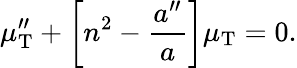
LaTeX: \mu_{\mathrm{T}}^{\prime\prime}+\biggl[n^{2}-\frac{a^{\prime\prime}}{a}\biggr]\mu_{\mathrm{T}}=0.